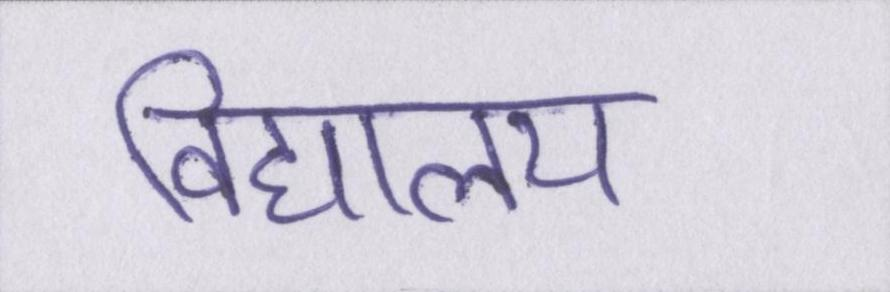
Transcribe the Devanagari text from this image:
विद्यालय